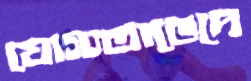
যোগ্যতাভেদে